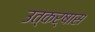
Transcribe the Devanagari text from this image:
उत्कर्षास